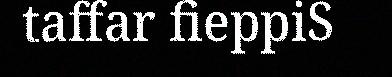
taffar fieppiS